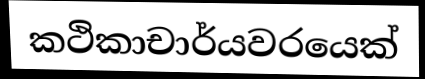
කථිකාචාර්යවරයෙක්